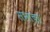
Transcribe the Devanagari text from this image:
सभाचर